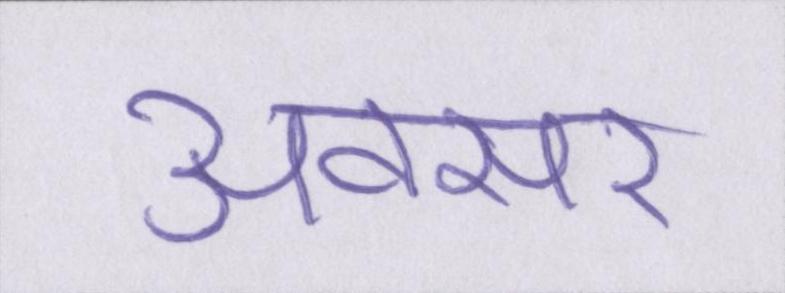
अवसर